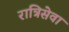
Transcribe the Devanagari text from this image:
रात्रिसेवा